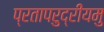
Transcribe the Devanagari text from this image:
प्रतापरुद्रीयमु